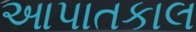
આપાતકાલ